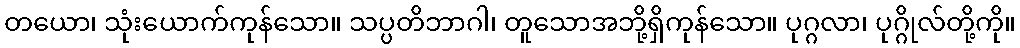
တယော၊ သုံးယောက်ကုန်သော။ သပ္ပတိဘာဂါ၊ တူသောအဘို့ရှိကုန်သော။ ပုဂ္ဂလာ၊ ပုဂ္ဂိုလ်တို့ကို။